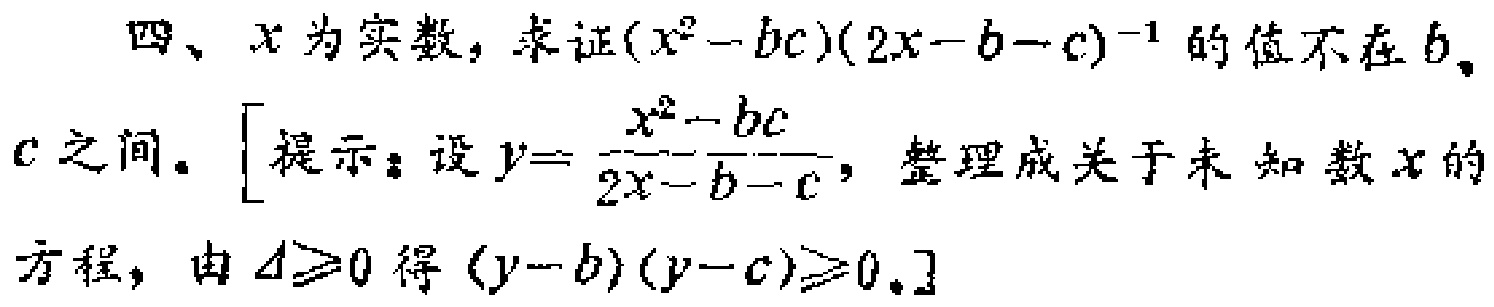
四、\(x\)为实数，求证\((x^{2}-bc)(2x - b - c)^{-1}\)的值不在\(b\)，\(c\)之间。\([提示：设\(y = \frac{x^{2}-bc}{2x - b - c}\)，整理成关于未知数\(x\)的方程，由\(\Delta\geq0\)得\((y - b)(y - c)\geq0\)。]\)